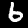
Label: 6